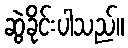
ဆွဲခိုင်းပါသည်။